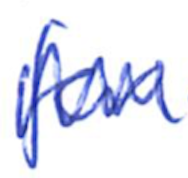
Text: for
Cross-out: zig-zag
Writing tool: ballpoint